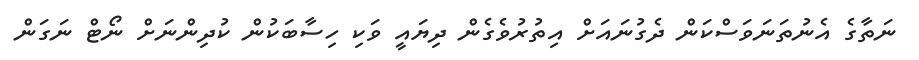
ނަތާގެ އެނުތަނަވަސްކަން ދެގުނައަށް އިތުރުވެގެން ދިޔައީ ވަކި ހިސާބަކުން ކުދިންނަށް ނޯޓް ނަގަން